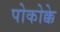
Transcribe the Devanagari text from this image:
पोकोक्के